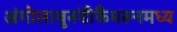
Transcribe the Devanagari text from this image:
अंगोलाबुरुंडीकैमरुनमध्य